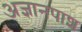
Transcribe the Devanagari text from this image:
अज्ञानपाश